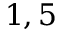
1 , 5